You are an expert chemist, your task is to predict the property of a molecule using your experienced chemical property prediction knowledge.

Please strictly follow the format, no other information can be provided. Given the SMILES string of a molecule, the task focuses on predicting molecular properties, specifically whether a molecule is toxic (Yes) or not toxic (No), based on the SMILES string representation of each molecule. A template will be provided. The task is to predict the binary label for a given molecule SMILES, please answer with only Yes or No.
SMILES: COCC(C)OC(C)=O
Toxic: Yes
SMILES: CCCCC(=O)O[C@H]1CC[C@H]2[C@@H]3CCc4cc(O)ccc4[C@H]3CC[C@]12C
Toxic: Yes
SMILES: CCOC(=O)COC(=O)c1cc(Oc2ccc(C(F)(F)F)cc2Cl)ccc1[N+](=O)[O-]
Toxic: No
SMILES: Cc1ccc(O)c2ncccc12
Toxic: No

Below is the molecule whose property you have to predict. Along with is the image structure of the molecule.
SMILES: Brc1ccc(Oc2cc(Br)c(Br)cc2Br)c(Br)c1
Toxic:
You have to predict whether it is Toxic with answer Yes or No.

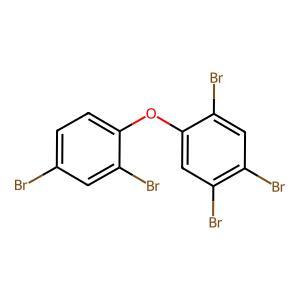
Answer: No